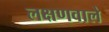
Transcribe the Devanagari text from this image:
लक्षणवाले